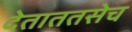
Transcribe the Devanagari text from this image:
देताततसेच